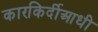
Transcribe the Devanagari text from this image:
कारकिर्दीआधी